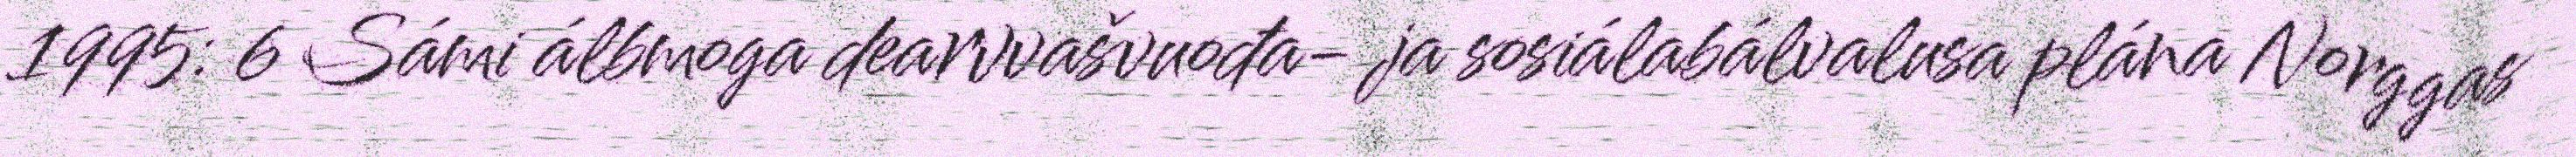
1995: 6 Sámi álbmoga dearvvašvuođa- ja sosiálabálvalusa plána Norggas